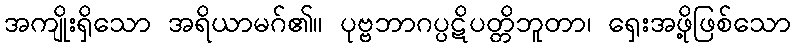
အကျိုးရှိသော အရိယာမဂ်၏။ ပုဗ္ဗဘာဂပ္ပဋိပတ္တိဘူတာ၊ ရှေးအဖို့ဖြစ်သော